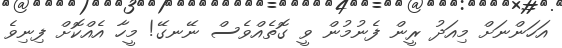
އަހަންނަށް މިއަދު ރީން ފެނުމުން ވީ ގޮތެއްވެސް ނޭނގޭ! މީހާ އެއްކޮށް ފިނިވެ